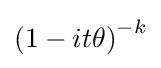
{\left(1-it\theta \right)}^{-k}